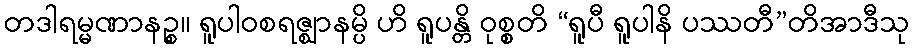
တဒါရမ္မဏာနဉ္စ။ ရူပါဝစရဇ္ဈာနမ္ပိ ဟိ ရူပန္တိ ဝုစ္စတိ “ရူပီ ရူပါနိ ပဿတီ”တိအာဒီသု